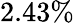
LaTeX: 2.43\%